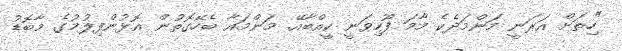
"ހިތަށް އަރަނީ މަންމަދެކެ މާމަ ފޫހިވަނީ ކީއްބާއޭ. މަންމައާ ބެހޭގޮތުން އޮޅުންފިލުމުގެ މާބޮޑު